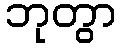
ဘုတွာ